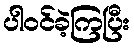
ပါဝင်ခဲ့ကြပြီး